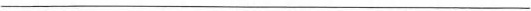
___